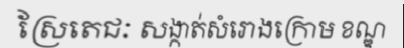
ស្រែតេជៈ សង្កាត់សំរោងក្រោម ខណ្ឌ